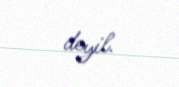
deyil.